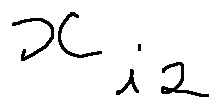
x _ { i 2 }